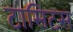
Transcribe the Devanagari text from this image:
टासिटस